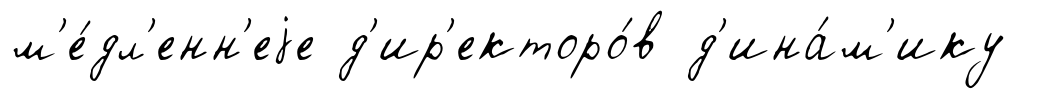
м'е́дл'енн'еjе д'ир'екторо́в д'ина́м'ику